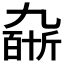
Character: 𠄆